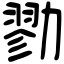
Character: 勠